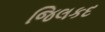
જિલકદ